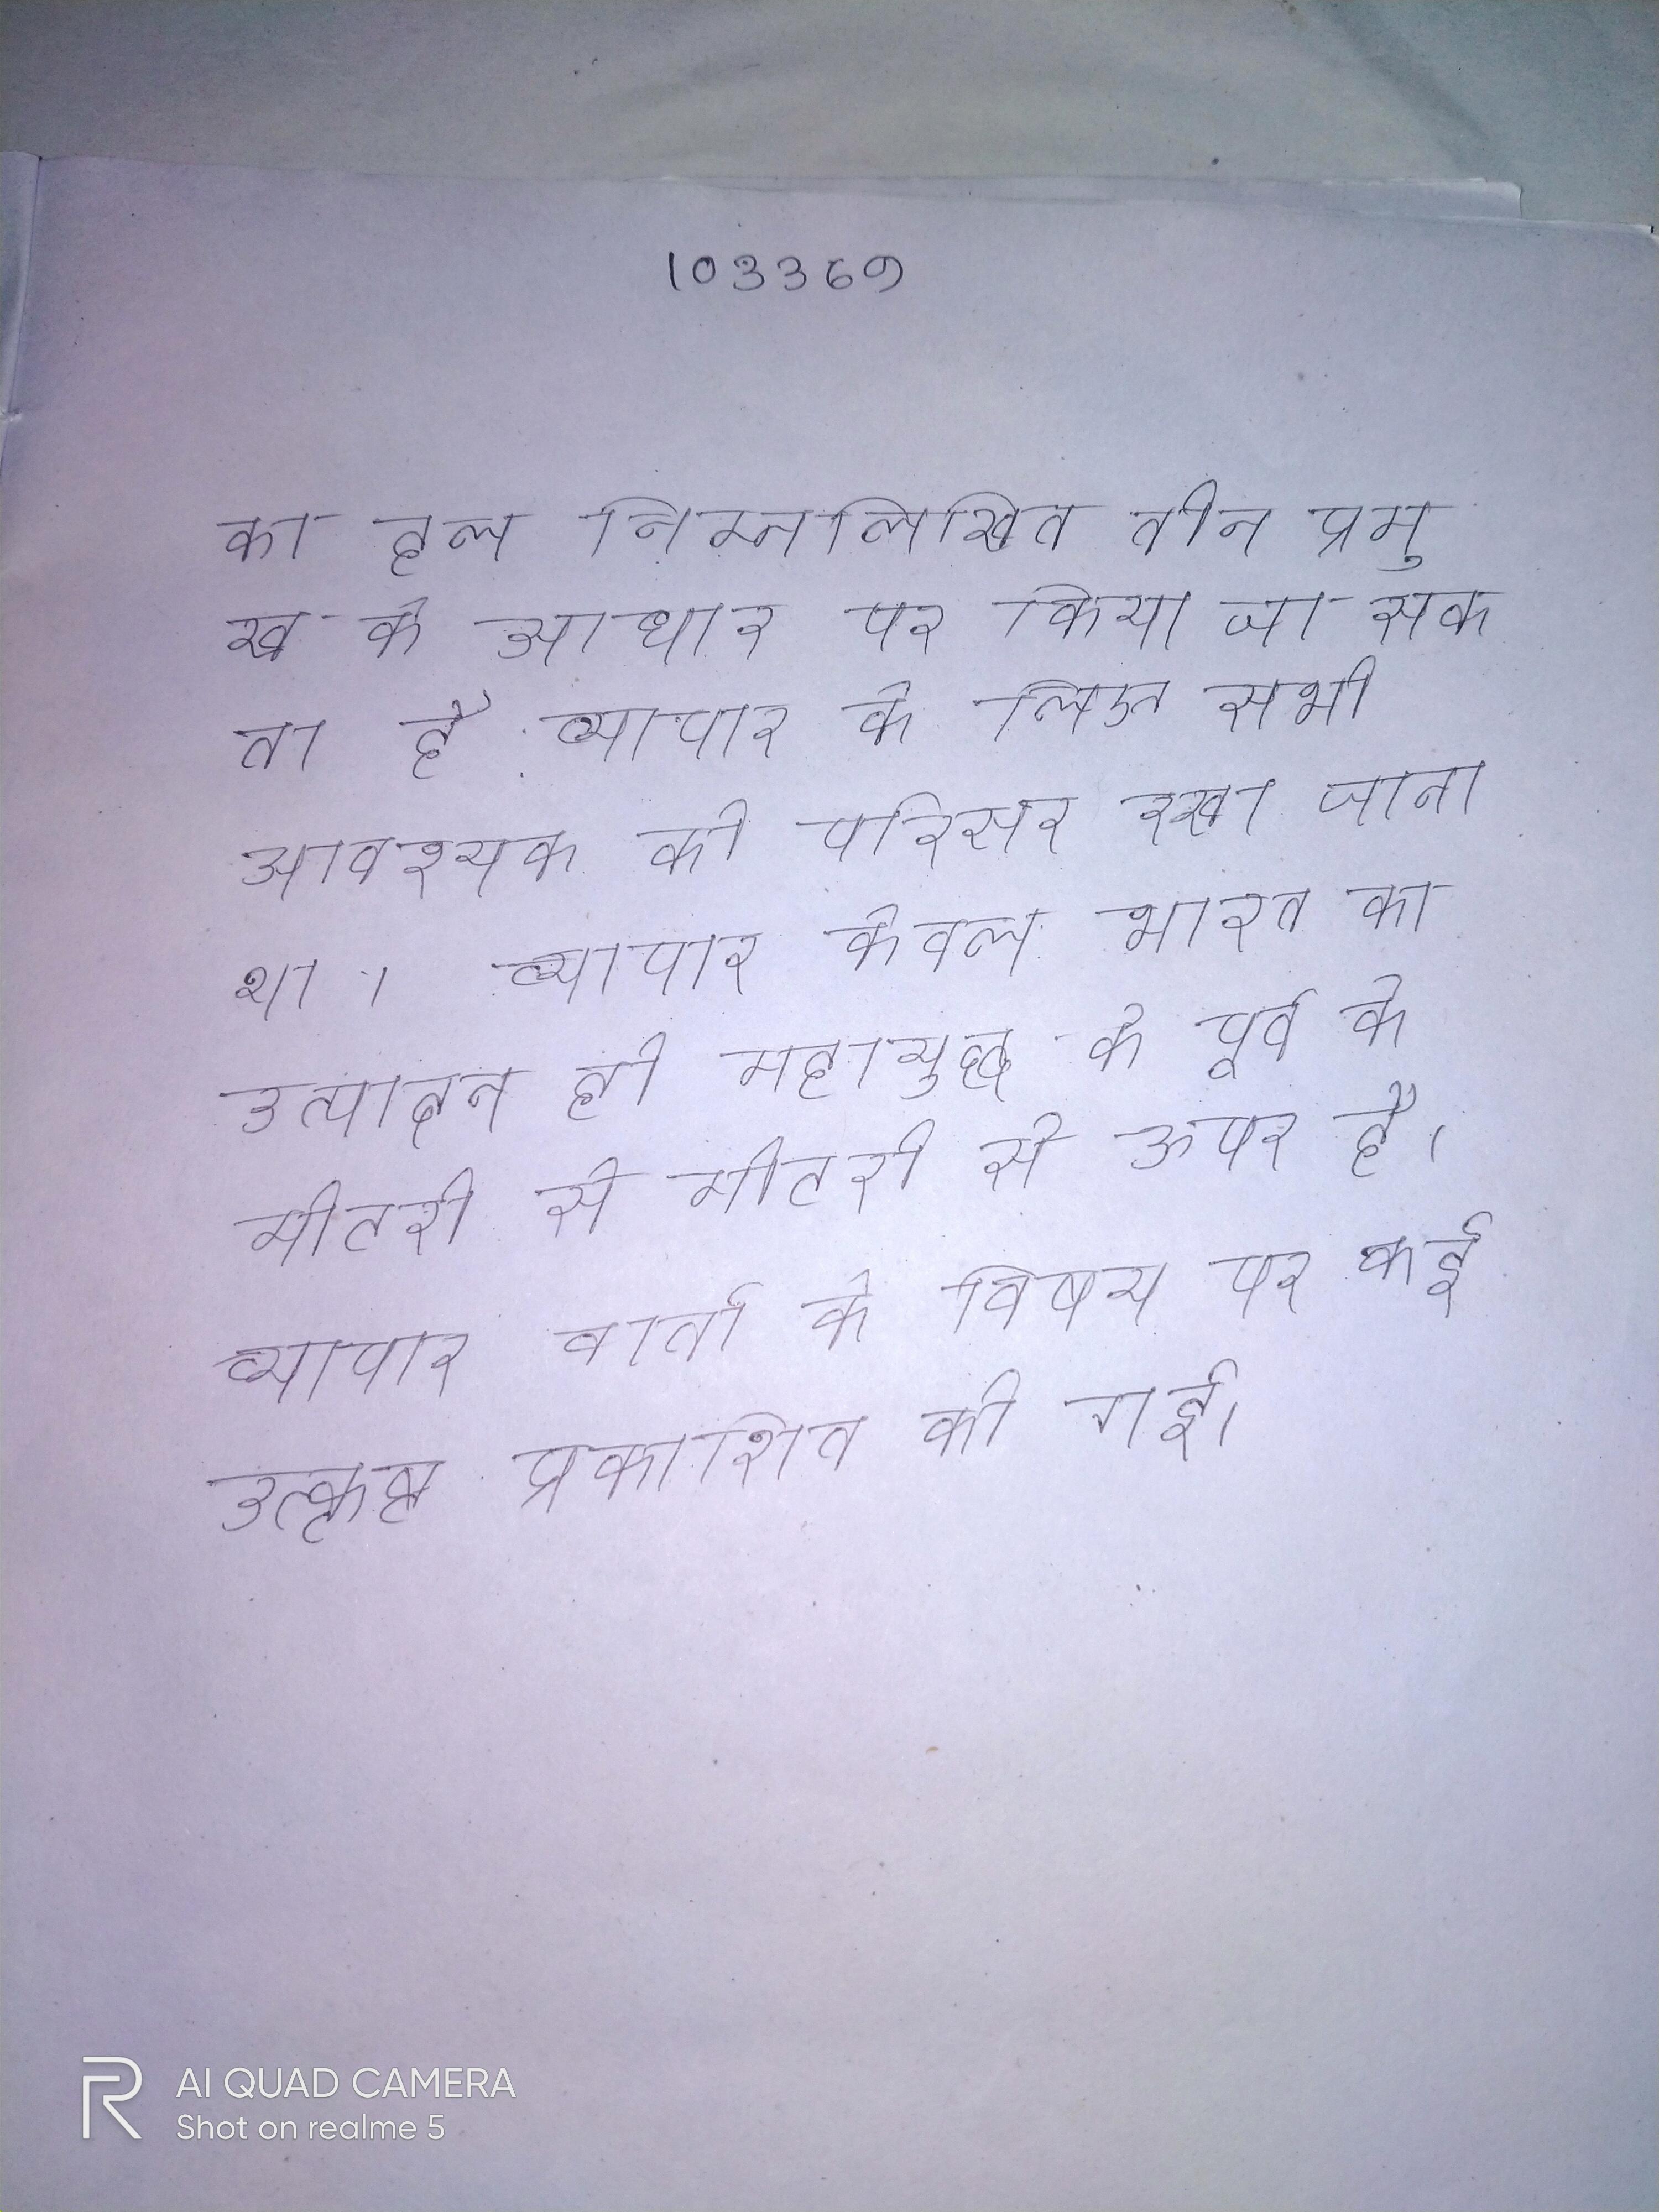
का हल निम्नलिखित तीन प्रमुख के आधार पर किया जा सकता है व्यापार के लिए सभी आवश्यक को परिसर रखा जाना था । व्यापार केवल भारत का उत्पादन ही महायुद्ध के पूर्व के मीटरी से मीटरी से ऊपर है । व्यापार वार्ता के विषय पर कई उत्कृष्ट प्रकाशित की गई ।